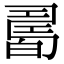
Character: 𤾊